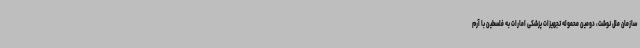
سازمان ملل نوشت، دومین محموله تجهیزات پزشکی امارات به فلسطین با آرم